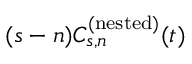
( s - n ) C _ { s , n } ^ { ( \mathrm { n e s t e d } ) } ( t )